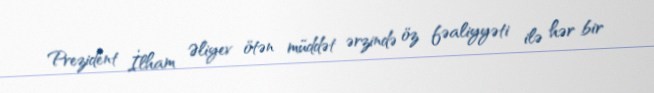
Prezident İlham Əliyev ötən müddət ərzində öz fəaliyyəti ilə hər bir